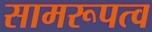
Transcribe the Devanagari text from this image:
सामरूपत्व